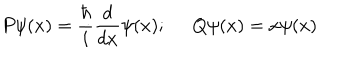
P \psi ( x ) = \frac { \hbar } { i } \frac { d } { d x } \psi ( x ) ; \; \; Q \psi ( x ) = x \psi ( x )